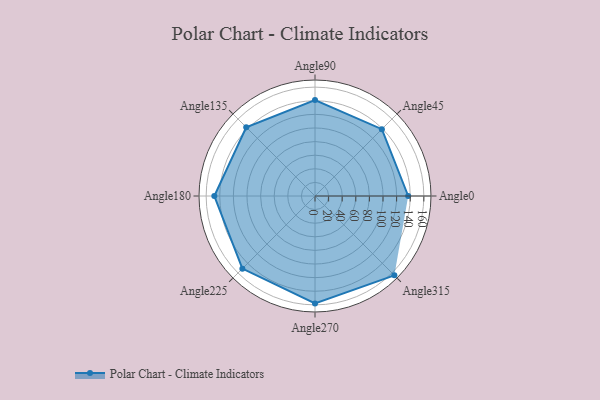
{"axis": {"x": "Angle", "y": "Radius"}, "legend": [""], "data": [{"x": "Angle0", "y": 137.0, "type": ""}, {"x": "Angle45", "y": 139.0, "type": ""}, {"x": "Angle90", "y": 141.0, "type": ""}, {"x": "Angle135", "y": 143.0, "type": ""}, {"x": "Angle180", "y": 148.0, "type": ""}, {"x": "Angle225", "y": 151.0, "type": ""}, {"x": "Angle270", "y": 158.0, "type": ""}, {"x": "Angle315", "y": 165.0, "type": ""}]}